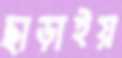
ছাড়াইয়